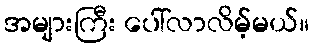
အများကြီး ပေါ်လာလိမ့်မယ်။